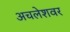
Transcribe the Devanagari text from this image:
अचलेशवर